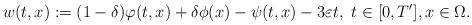
LaTeX: \begin{align*} w (t,x):=(1-\delta)\varphi(t,x) + \delta \phi(x)-\psi(t,x)-3\varepsilon t, \ t\in [0,T'], x\in \Omega. \end{align*}